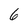
Character: 6